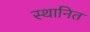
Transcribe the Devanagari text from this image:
स्थानित